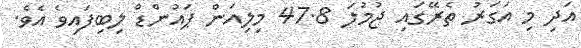
އަދި މި އަގަރު ތެރޭގައި ޖުމުލަ 47.8 މިލިއަން ޕައުންޑް ލިބިފައިވެ އެވެ.